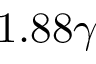
1 . 8 8 \gamma